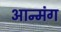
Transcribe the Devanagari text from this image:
आन्मंग